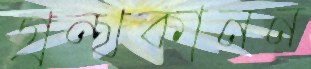
গ্রন্থকানন